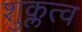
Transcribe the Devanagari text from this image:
शुक्लत्व